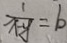
\frac { 1 } { x - y } = b